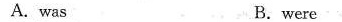
A. was B.were